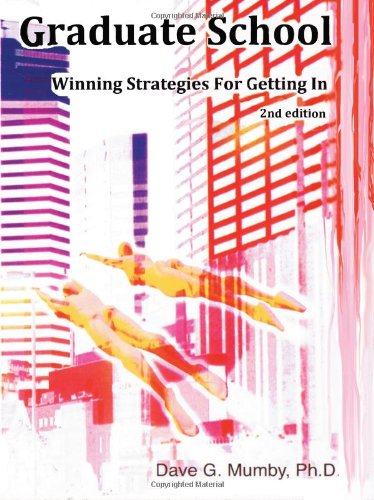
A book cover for Graduate School: Winning Strategies for Getting in; Dave G. Mumby; Education & Teaching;